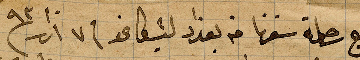
تابع رحلة سفرنا من بغداد لشيكاغو في ٧ اذار ١٨٩٣